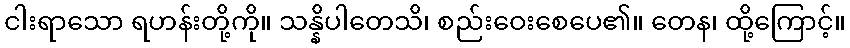
ငါးရာသော ရဟန်းတို့ကို။ သန္နိပါတေသိ၊ စည်းဝေးစေပေ၏။ တေန၊ ထို့ကြောင့်။